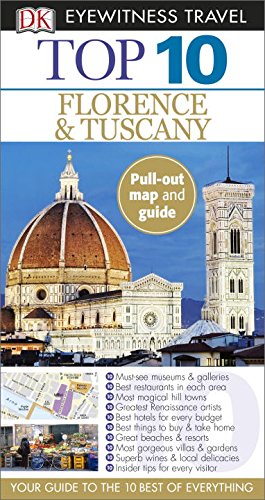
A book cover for Top 10 Florence and Tuscany (Eyewitness Top 10 Travel Guide); Reid Bramblett; Travel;